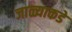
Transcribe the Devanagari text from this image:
जाळ्याकडे